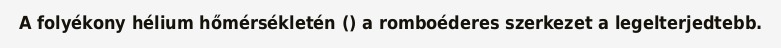
A folyékony hélium hőmérsékletén () a romboéderes szerkezet a legelterjedtebb.